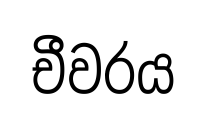
චීවරය